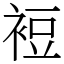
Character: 裋